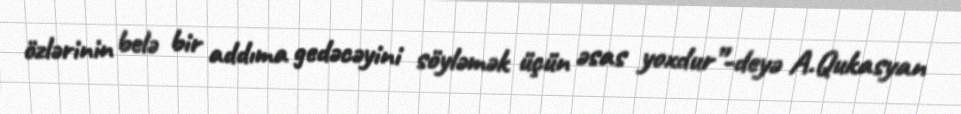
özlərinin belə bir addıma gedəcəyini söyləmək üçün əsas yoxdur”-deyə A.Qukasyan